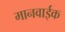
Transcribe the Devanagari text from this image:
मानवाईक